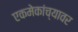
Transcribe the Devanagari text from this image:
एकमेकांच्यावर